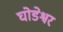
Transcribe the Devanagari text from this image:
घोडेश्वर